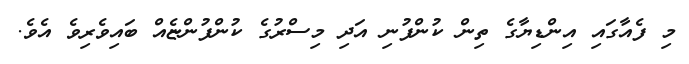
މި ފެއާގައި އިންޑިޔާގެ ތިން ކުންފުނި އަދި މިސްރުގެ ކުންފުންޏެއް ބައިވެރިވެ އެވެ.